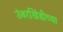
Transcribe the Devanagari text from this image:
उंबरखिंडीच्या